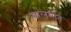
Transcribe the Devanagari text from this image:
कलमांत